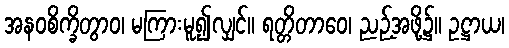
အနဝစိက္ခိတွာဝ၊ မကြားမူ၍လျှင်။ ရတ္တိတာဝေ၊ ညဉ့်အဖို့၌။ ဥဋ္ဌာယ၊